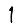
Digit: 1